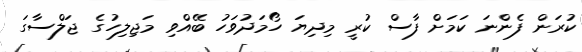
ކުރަން ފެންނަ ކަމަށް ފާސް ކުރީ މިދިޔަ ހޯމަދުވަހު ބޭއްވި މަޖިލިހުގެ ޖަލްސާގަ